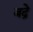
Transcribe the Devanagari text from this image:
बद्रे